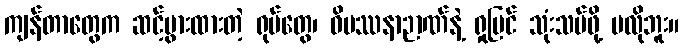
ကျန်တာတွေက ဆင့်ပွားထားတဲ့ ရုပ်တွေ၊ ဝိပဿနာဉာဏ်နဲ့ ရှုမြင် သုံးသပ်ဖို့ မလိုဘူး။